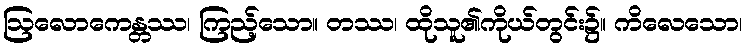
ဩလောကေန္တဿ၊ ကြည့်သော။ တဿ၊ ထိုသူ၏ကိုယ်တွင်း၌။ ကိလေသော၊